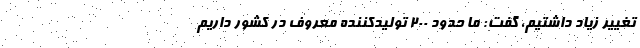
تغيير زياد داشتيم، گفت: ما حدود ٢٠٠ توليدكننده معروف در كشور داريم